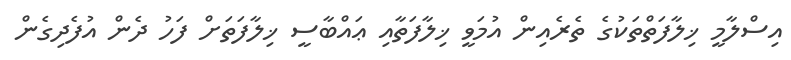
އިސްލާމީ ޚިލާފަތްތަކުގެ ތެރެއިން އުމަވީ ޚިލާފަތާއި ޢައްބާސީ ޚިލާފަތަށް ފަހު ދެން އުފެދިގެން